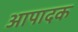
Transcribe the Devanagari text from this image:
आपादक